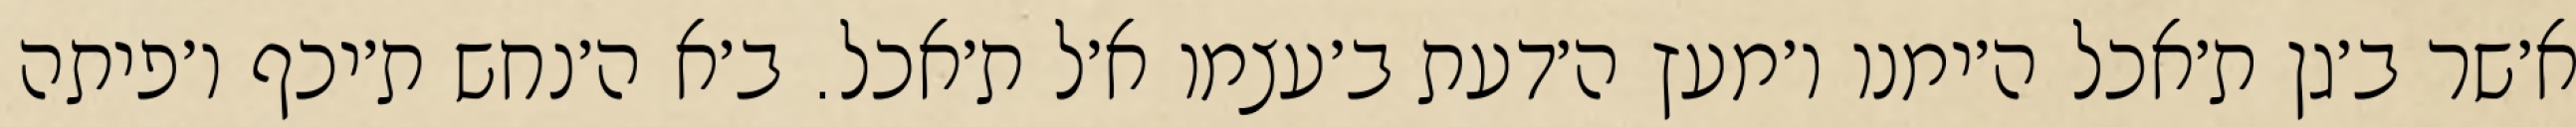
א׳שר ב׳גן ת׳אכל ה׳ימנו ו׳מעץ ה׳דעת ב׳עצמו א׳ל ת׳אכל. ב׳א ה׳נחש ת׳יכף ו׳פיתה